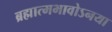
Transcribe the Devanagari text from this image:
ब्रह्मात्मभावोऽनया